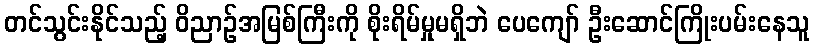
တင်သွင်းနိုင်သည့် ဝိညာဉ်အမြစ်ကြီးကို စိုးရိမ်မှုမရှိဘဲ ပေကျော် ဦးဆောင်ကြိုးပမ်းနေသူ